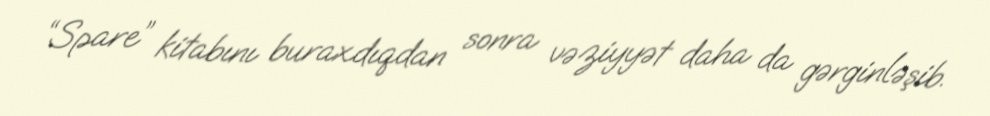
“Spare” kitabını buraxdıqdan sonra vəziyyət daha da gərginləşib.